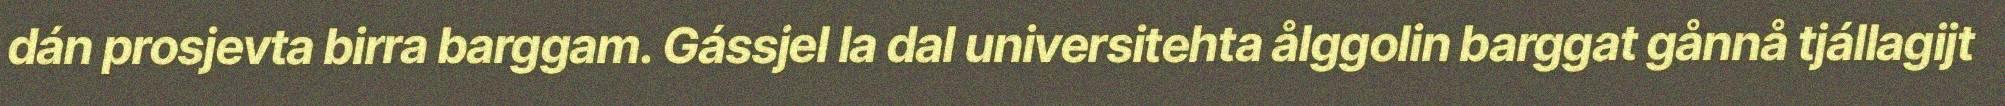
dán prosjevta birra barggam. Gássjel la dal universitehta ålggolin barggat gånnå tjállagijt